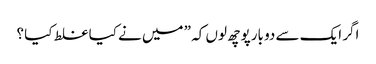
اگر ایک سے دو بارپوچھ لوں کہ ” میں نے کیا غلط کیا ؟